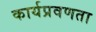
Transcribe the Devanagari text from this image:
कार्यप्रवणता